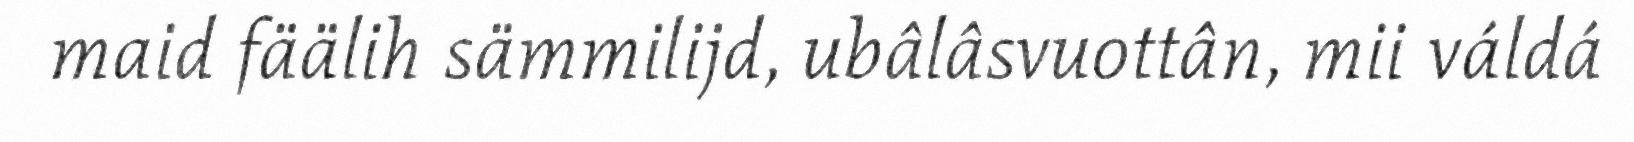
maid fäälih sämmilijd, ubâlâsvuottân, mii váldá